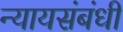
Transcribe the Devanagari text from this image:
न्यायसंबंधी